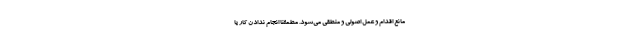
مانع اقدام و عمل اصولی و منطقی‌ می‌شود. مطمئنا انجام ندادن کار یا